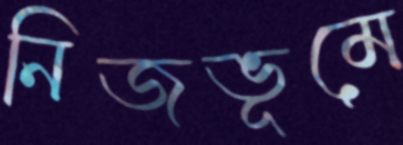
নিজভূমে